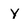
Character: Y